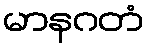
မာနဂတံ